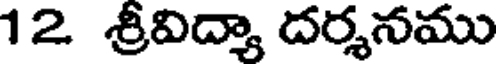
12 శ్రీవిద్యా దర్శనము